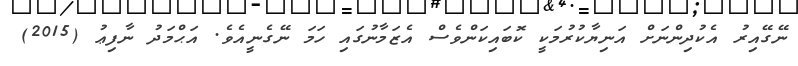
ނޭގޭއިރު އެކުދިންނަށް އަނިޔާކުރުމަކީ ކޮބައިކަންވެސް އެޒަމާނުގައި ހަމަ ނޭގެނީއެވެ. އަޙްމަދު ނާފިޢު (2015)